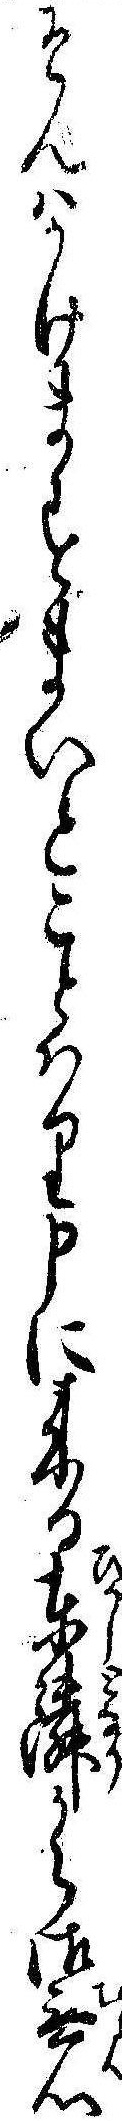
そんはかけますまいとことはり申に来る東隣から御無心